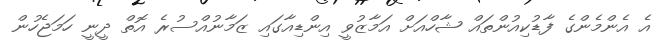
އެ އެންމެންގެ ފާޑުކިއުންތައް ޝާހްއަށް އަމާޒުވީ އިންޑިއާގައި ޒަމާނުއްސުރެ އޮތް ދީނީ ހަމަޖެހުން